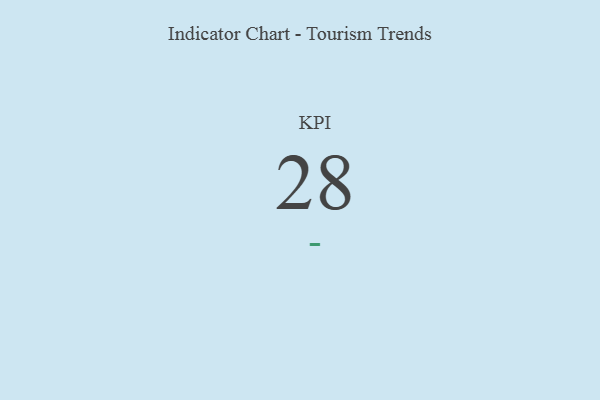
{"axis": {"x": "KPI", "y": "Value"}, "legend": [""], "data": [{"x": "KPI", "y": 28, "type": ""}]}